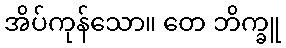
အိပ်ကုန်သော။ တေ ဘိက္ခူ